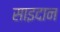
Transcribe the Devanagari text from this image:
साइदान